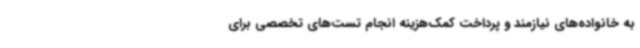
به خانواده‌های نیازمند و پرداخت کمک‌هزینه انجام تست‌های تخصصی برای